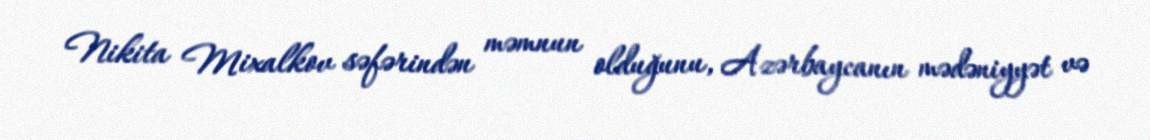
Nikita Mixalkov səfərindən məmnun olduğunu, Azərbaycanın mədəniyyət və